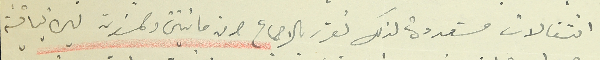
انتقالات متعددة لذلك تقرر بالاجماع صرف مائتين وخمسَون ليرة لبنانية